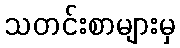
သတင်းစာများမှ